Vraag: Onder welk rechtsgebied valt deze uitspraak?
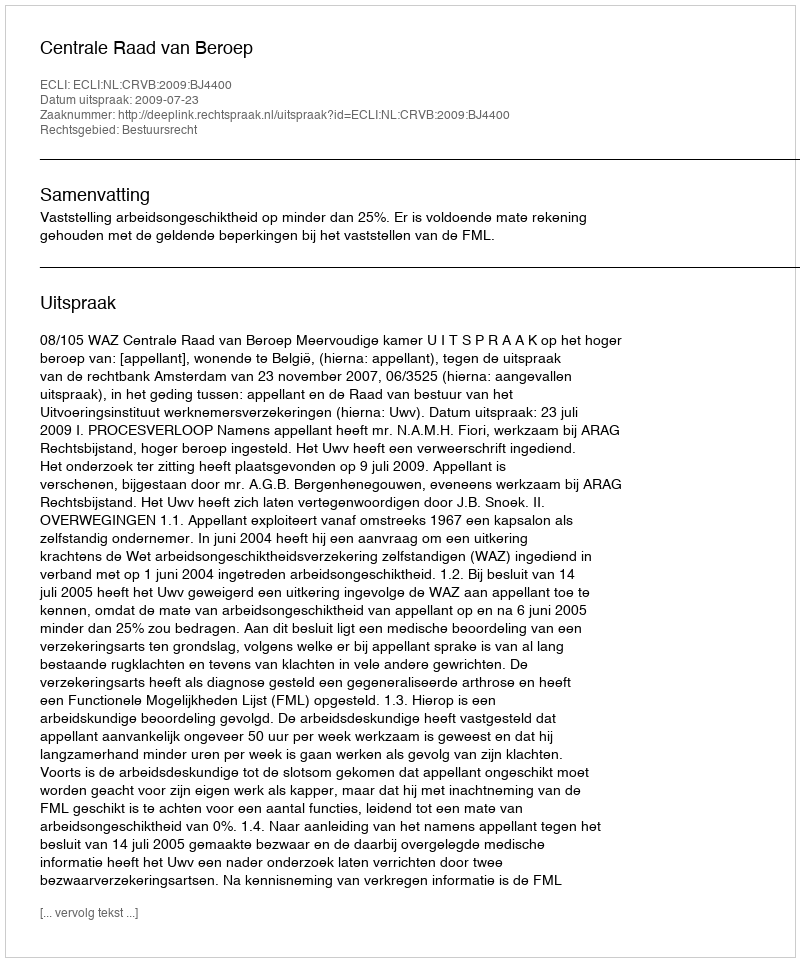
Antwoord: Bestuursrecht